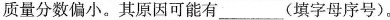
质量分数偏小。其原因可能有_____(填字母序号)。